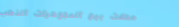
محلات بيع المجوهرات الذهب